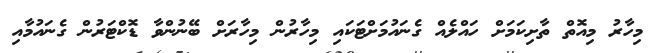
މިހާރު މިއޮތް ތާށިކަމަށް ހައްލެއް ގެނައުމަށްޓަކައި މިހާރުން މިހާރަށް ބޭނުންވާ ޑޮކްޓަރުން ގެނައުމާއި